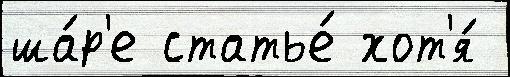
ша́р'е статье́ хот'я́